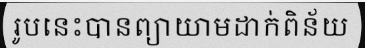
រូបនេះបានព្យាយាមដាក់ពិន័យ